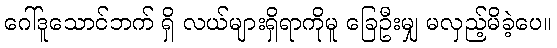
ဂေါ်ဒူသောင်ဘက် ရှိ လယ်များရှိရာကိုမူ ခြေဦးမျှ မလှည့်မိခဲ့ပေ။